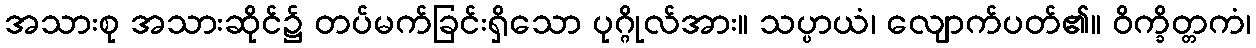
အသားစု အသားဆိုင်၌ တပ်မက်ခြင်းရှိသော ပုဂ္ဂိုလ်အား။ သပ္ပာယံ၊ လျောက်ပတ်၏။ ဝိက္ခိတ္တကံ၊